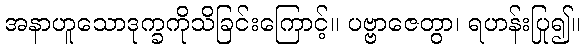
အနာဟူသောဒုက္ခကိုသိခြင်းကြောင့်။ ပဗ္ဗာဇေတွာ၊ ရဟန်းပြု၍။